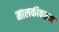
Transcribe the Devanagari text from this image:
मालकीवरून